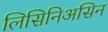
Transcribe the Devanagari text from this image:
लिसिनिअसिन